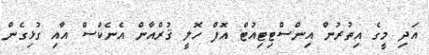
އަދި މީގެ އިތުރުން އިންސްޓިޓިއުޓް އޮފް ހޮލީ ޤުރްއާން އެނެކްސް އާއި ގުޅިގެން